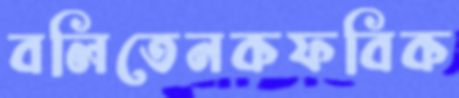
বলিতেনকফবিক